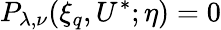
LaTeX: P_{\lambda,\nu}(\xi_{q},U^{\ast};\eta)=0